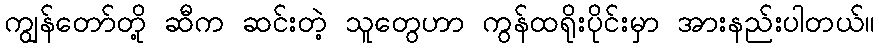
ကျွန်တော်တို့ ဆီက ဆင်းတဲ့ သူတွေဟာ ကွန်ထရိုးပိုင်းမှာ အားနည်းပါတယ်။